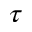
\tau